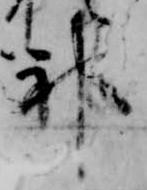
神